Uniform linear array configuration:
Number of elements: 48
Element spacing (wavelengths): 0.75
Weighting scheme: exponential
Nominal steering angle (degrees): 0
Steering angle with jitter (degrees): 1.187
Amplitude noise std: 0.05
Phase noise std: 0.05

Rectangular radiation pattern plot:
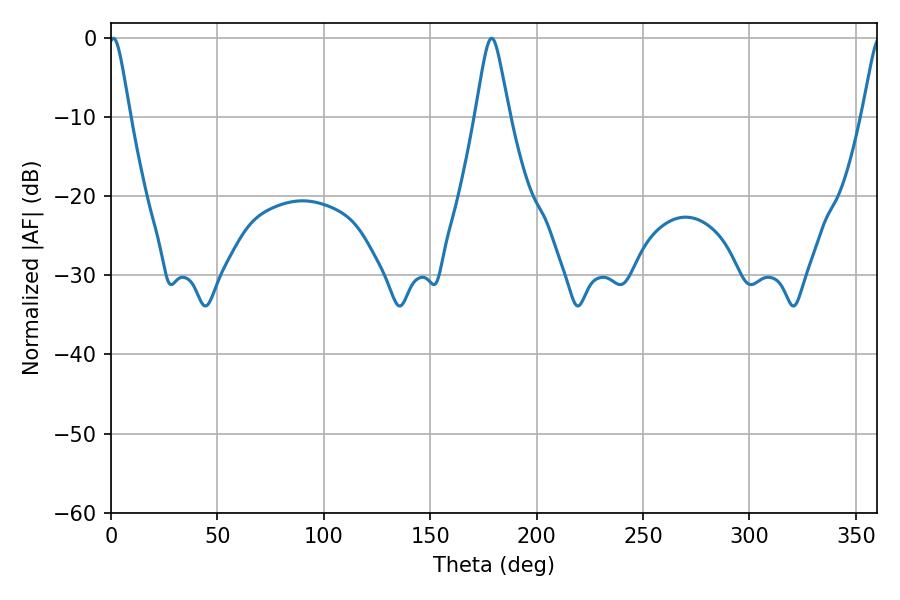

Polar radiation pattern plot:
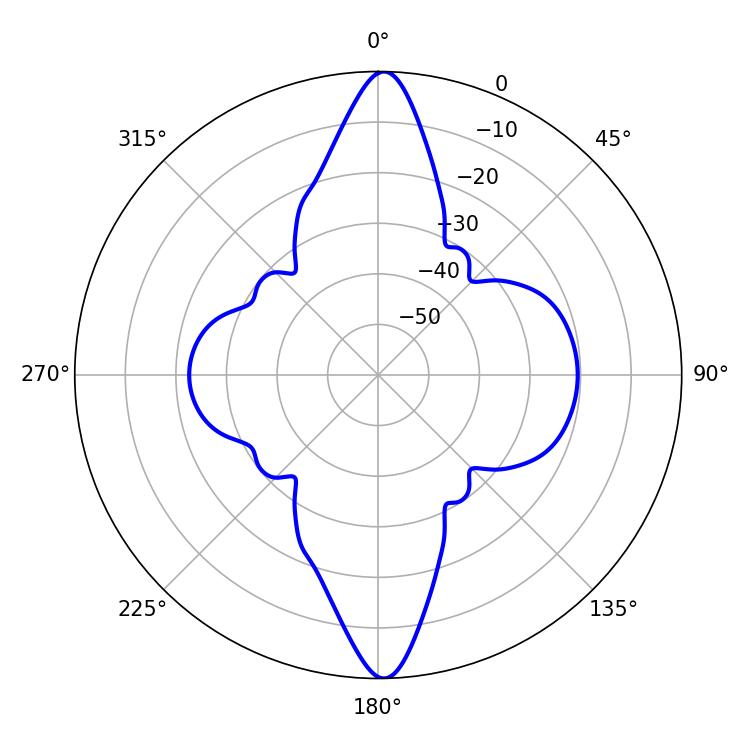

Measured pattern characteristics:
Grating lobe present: TRUE
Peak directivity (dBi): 24.124
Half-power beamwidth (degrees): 4.86
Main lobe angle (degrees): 1.08